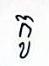
កូ